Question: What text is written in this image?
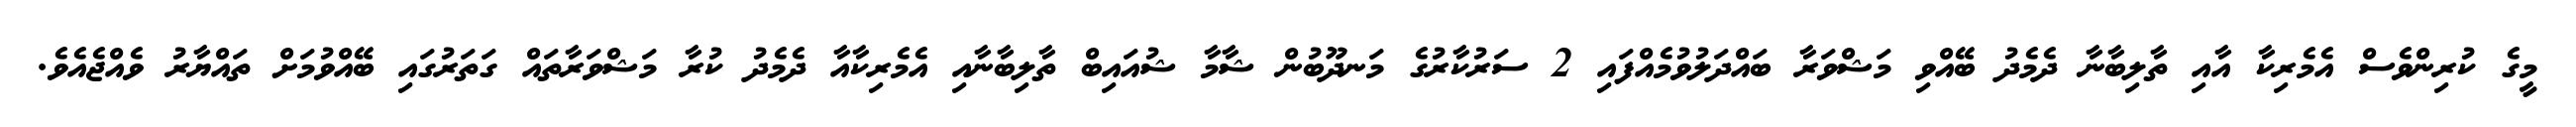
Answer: މީގެ ކުރިންވެސް އެމެރިކާ އާއި ތާލިބާނާ ދެމެދު ބޭއްވި މަޝްވަރާ ބައްދަލުވުމެއްފައި 2 ސަރުކާރުގެ މަނދޫބުން ޝާމާ ޝުއައިބް ތާލިބާނާއި އެމެރިކާއާ ދެމެދު ކުރާ މަޝްވަރާތައް ގަތަރުގައި ބޭއްވުމަށް ތައްޔާރު ވެއްޖެއެވެ.